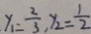
y _ { 1 } = \frac { 2 } { 3 } , y _ { 2 } = \frac { 1 } { 2 }